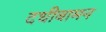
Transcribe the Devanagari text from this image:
दधीबामन